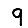
Digit: 9